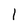
Character: 1